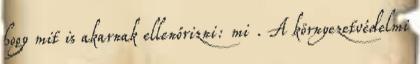
hogy mit is akarnak ellenőrizni: mi . A környezetvédelmi